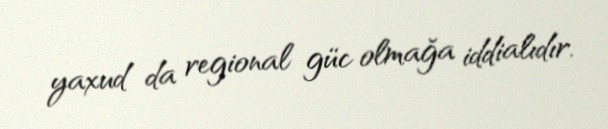
yaxud da regional güc olmağa iddialıdır.